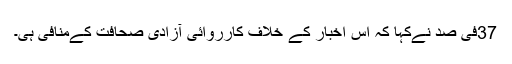
37فی صد نےکہا کہ اس اخبار کے خلاف کارروائی آزادی صحافت کےمنافی ہی۔